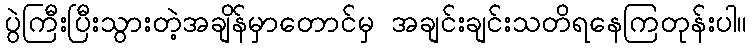
ပွဲကြီးပြီးသွားတဲ့အချိန်မှာတောင်မှ အချင်းချင်းသတိရနေကြတုန်းပါ။